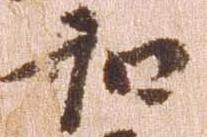
和